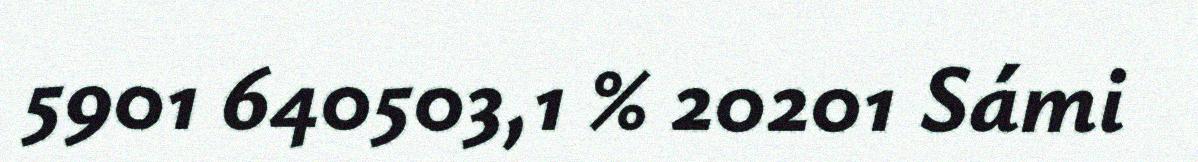
5901 640503,1 % 20201 Sámi